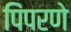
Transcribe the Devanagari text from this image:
पिंपरणे